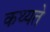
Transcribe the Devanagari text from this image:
कथ्यते